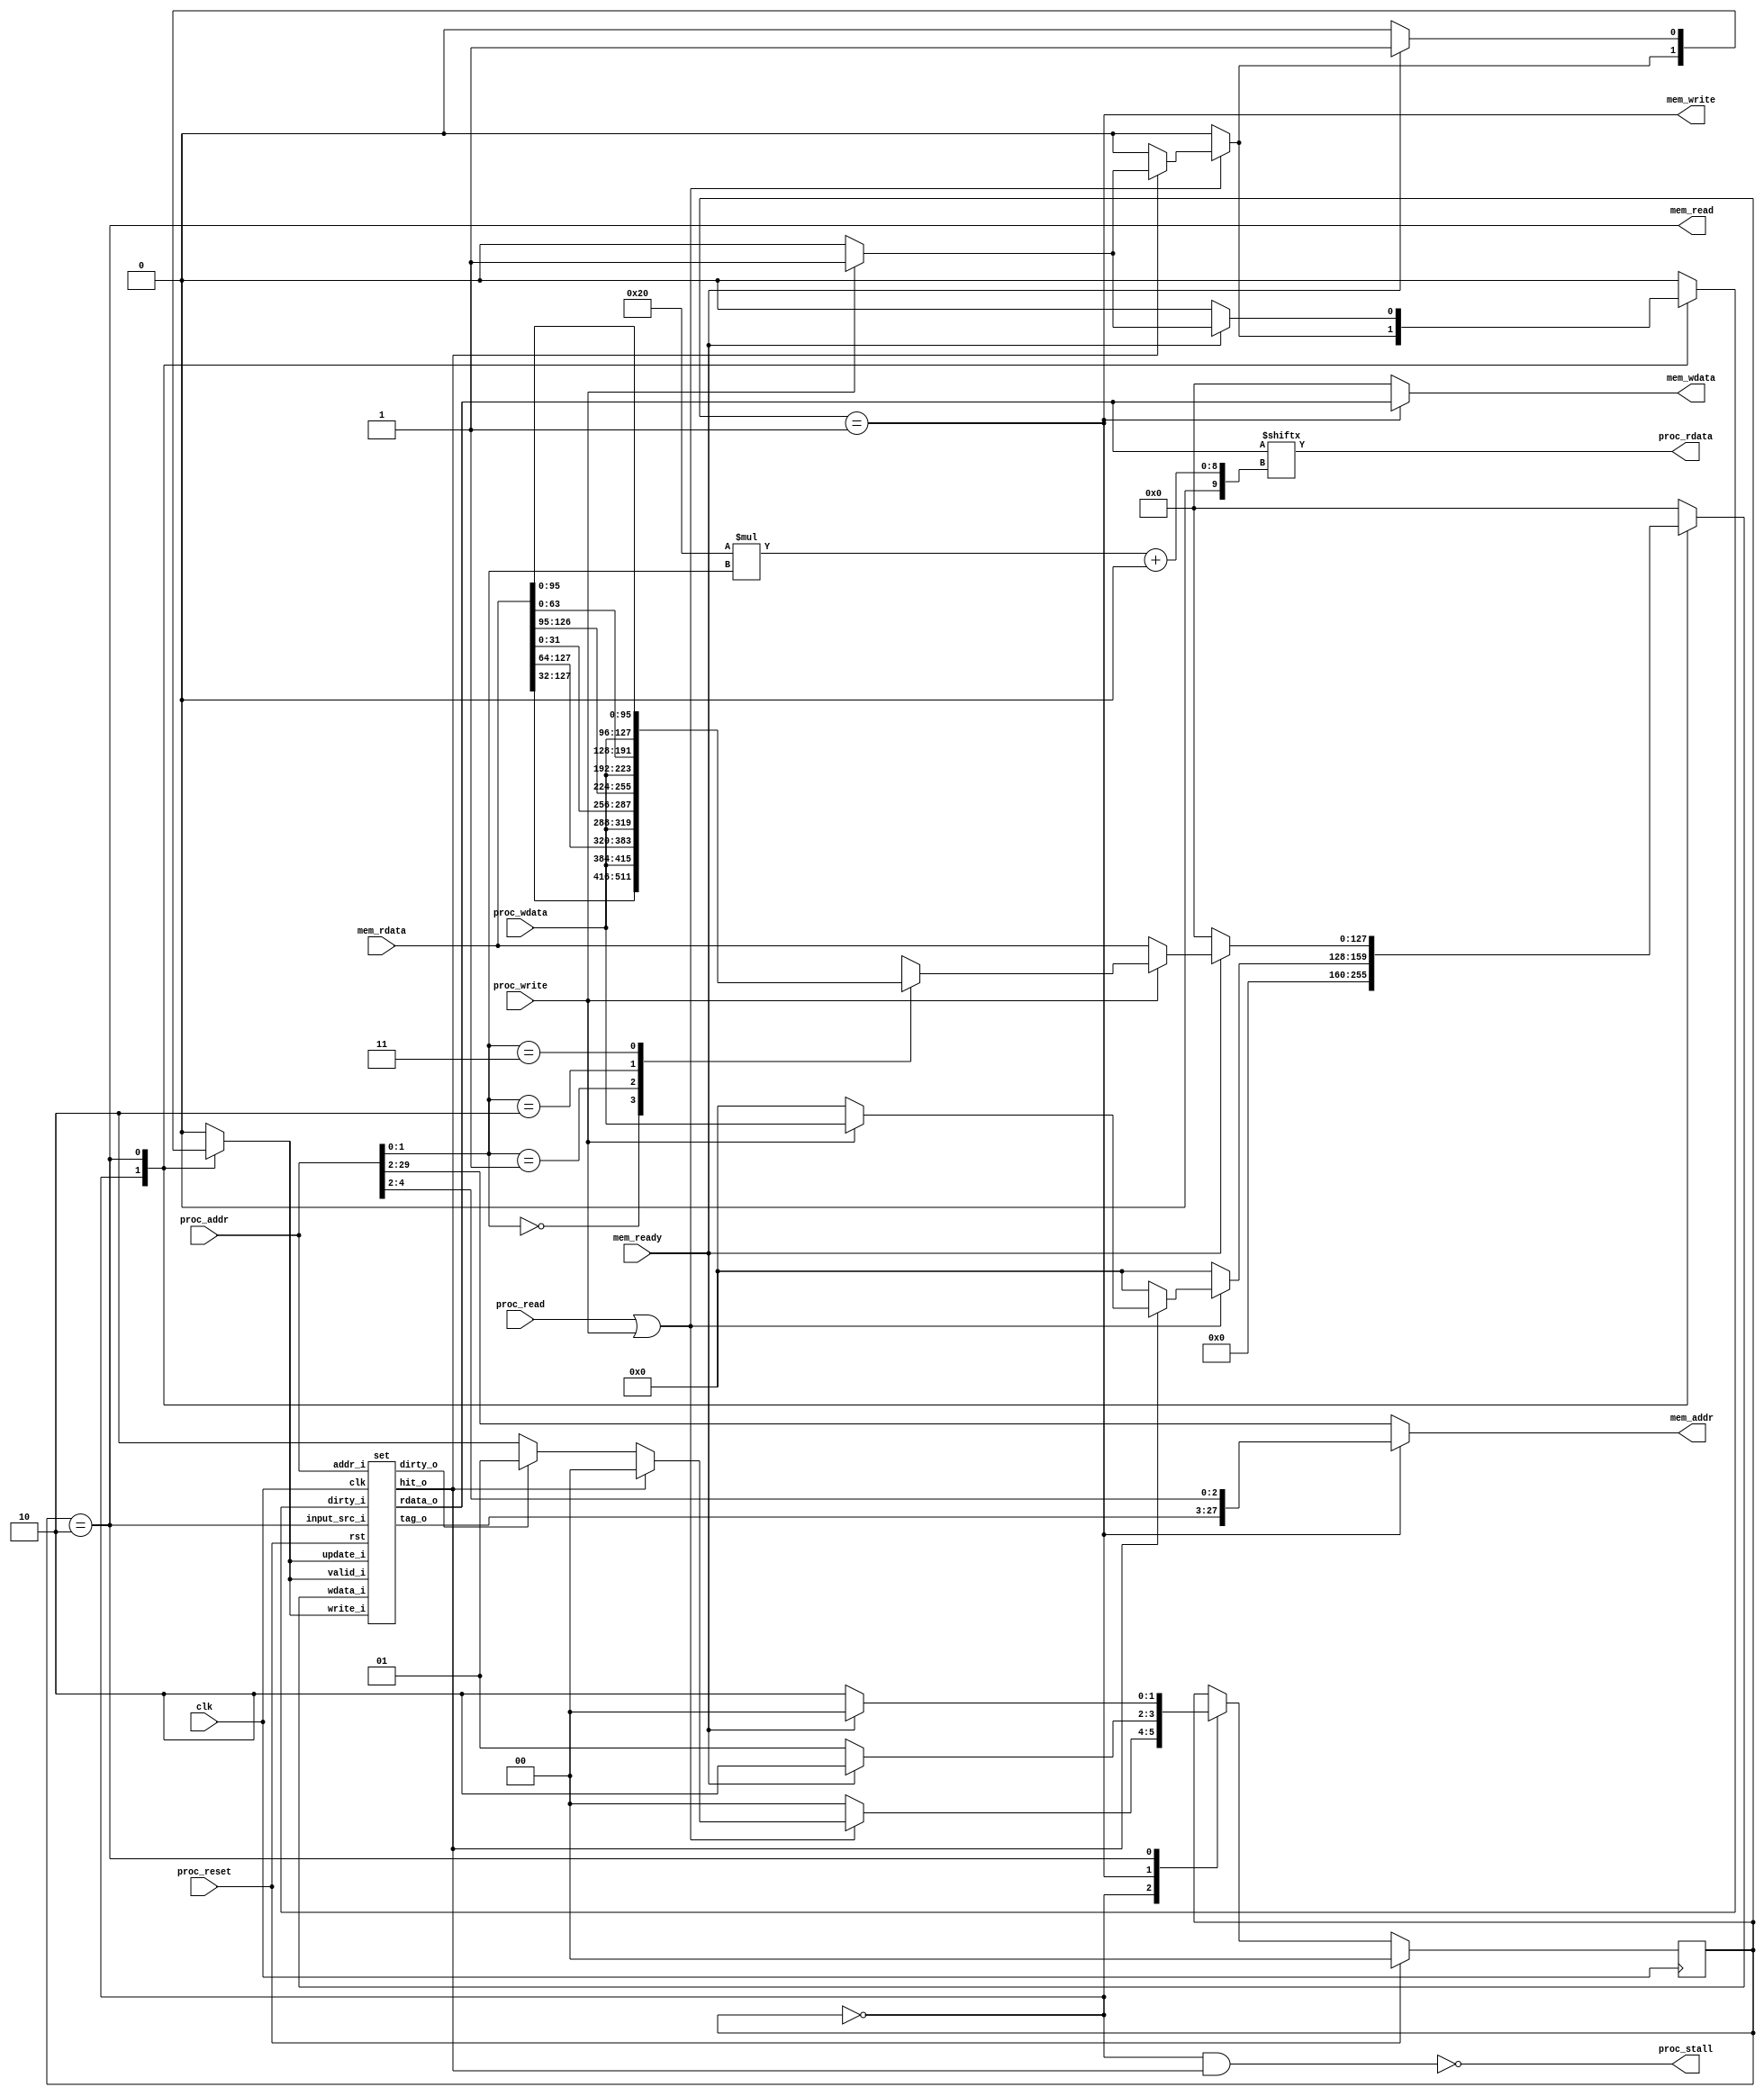
module cache(
    clk,
    proc_reset,
    proc_read,
    proc_write,
    proc_addr,
    proc_rdata,
    proc_wdata,
    proc_stall,
    mem_read,
    mem_write,
    mem_addr,
    mem_rdata,
    mem_wdata,
    mem_ready
);
    
//==== input/output definition ============================
    input          clk;
    // processor interface
    input          proc_reset;
    input          proc_read, proc_write;
    input   [29:0] proc_addr;
    input   [31:0] proc_wdata;
    output         proc_stall;
    output  [31:0] proc_rdata;
    // memory interface
    input  [127:0] mem_rdata;
    input          mem_ready;
    output         mem_read, mem_write;
    output  [27:0] mem_addr;
    output [127:0] mem_wdata;

//==== parameter definition ===============================
parameter BLOCK_WIDTH = 128;
parameter TAG_WIDTH = 25;
parameter WORD_WIDTH = 32;
parameter LINE_NUM = 8;
localparam S_IDLE = 0, S_WB = 1, S_FETCH = 2;

genvar gen_i;
integer i;
//==== wire/reg definition ================================
reg                     valid_next; // updated valid bit
reg                     dirty_next; // updated dirty bit
wire                    input_src; // input source, 0: CPU, 1: memory
reg  [BLOCK_WIDTH-1:0]  wdata;      // data written to cache line
wire  [BLOCK_WIDTH-1:0]  rdata;      

wire [2:0]              index_i;
wire [1:0]              offset_i;

reg  [1:0]              state_r, state_w;
reg                     lru_lines_r [0:LINE_NUM-1], lru_lines_w   [0:LINE_NUM-1];      
wire                    hit; // hit are ORed result from all the hit signal in each way
wire                    dirty;
wire [TAG_WIDTH-1:0]    tag;
reg                     stall;
reg                     wen; // wen for cache set
reg                     update;

set set_0(
    .clk(clk),
    .rst(proc_reset),
    .write_i(wen),
    .update_i(update),
    .valid_i(valid_next),
    .dirty_i(dirty_next),
    .input_src_i(input_src),
    .wdata_i(wdata),
    .addr_i(proc_addr),
    .dirty_o(dirty),
    .hit_o(hit),
    .tag_o(tag),
    .rdata_o(rdata)
);
//==== combinational circuit ==============================
assign index_i = proc_addr[4:2];
assign offset_i = proc_addr[1:0];
assign input_src = (state_r == S_FETCH);

/* memory control signal */
assign mem_read = (state_r == S_FETCH);
assign mem_write = (state_r == S_WB);
assign mem_addr = (state_r == S_WB) ? {tag, index_i} : proc_addr[29:2];
assign mem_wdata = (state_r == S_WB) ? rdata : 0;

assign proc_stall = !(state_r == S_IDLE && hit);
assign proc_rdata = rdata[WORD_WIDTH*offset_i +: WORD_WIDTH];
always @(*) begin:state_logic
    state_w = state_r;
    update = 0;
    valid_next = 0;
    dirty_next = 0;
    wen = 0;
    wdata = 0;
    case (state_r)
        S_IDLE: begin
            if (proc_read || proc_write) begin
                if (!hit) begin
                    if (dirty) 
                        state_w = S_WB;
                    else
                        state_w = S_FETCH;
                end else begin
                    if (proc_write) begin
                        wen = 1;
                        update = 1;
                        valid_next = 1;
                        dirty_next = 1;
                        wdata = proc_wdata;
                    end
                    state_w = S_IDLE;
                end
            end else begin
                state_w = S_IDLE;
            end
        end
        S_WB: begin
            if (mem_ready) begin
                state_w = S_FETCH;
            end else begin
                state_w = S_WB;
            end
        end
        S_FETCH: begin
            if (mem_ready) begin
                state_w = S_IDLE;
                wen = 1;
                update = 1;
                valid_next = 1;
                if (proc_write) begin // here we fetch from memory and perform write operation at the same time
                    dirty_next = 1;
                    case (offset_i)
                        2'b00: wdata = {mem_rdata[127:32], proc_wdata[31:0]};
                        2'b01: wdata = {mem_rdata[127:64], proc_wdata[31:0], mem_rdata[31:0]};
                        2'b10: wdata = {mem_rdata[127:95], proc_wdata[31:0], mem_rdata[63:0]};
                        2'b11: wdata = {proc_wdata, mem_rdata[95:0]};
                    endcase
                end else begin
                    wdata = mem_rdata;
                    dirty_next = 0;
                end
            end else begin
                state_w = S_FETCH;
            end
        end
    endcase
end





//==== sequential circuit =================================
always @(posedge clk) begin
    if (proc_reset) begin
        state_r <= S_IDLE;
        for (i = 0;i < LINE_NUM; i = i + 1) begin
            lru_lines_r[i] <= 0;
        end
    end else begin
        state_r <= state_w;
        for (i = 0;i < LINE_NUM; i = i + 1) begin
            lru_lines_r[i] <= lru_lines_w[i];
        end
    end
end



endmodule

module set #(
    parameter LINE_NUM = 8,
    parameter TAG_WIDTH = 25,
    parameter BLOCK_WIDTH = 128
)(
    input clk,
    input rst,
    input write_i,
    input update_i,
    input valid_i,
    input dirty_i,
    input input_src_i, // input_src_i = 0: CPU, 1: memory
    input [BLOCK_WIDTH-1:0] wdata_i,
    input [29:0] addr_i,
    output        dirty_o,
    output        hit_o, 
    output [TAG_WIDTH-1:0] tag_o,
    output [BLOCK_WIDTH-1:0] rdata_o
);

/* data read from cache line */
wire                      valid_lines [0:LINE_NUM-1];
wire                      dirty_lines [0:LINE_NUM-1];
wire    [TAG_WIDTH-1:0]   tag_lines   [0:LINE_NUM-1];
wire    [BLOCK_WIDTH-1:0] rdata_lines [0:LINE_NUM-1];

/* information from input addr */
wire    [24:0]            tag_i;
wire    [2:0]             index_i;
wire    [1:0]             offset_i;

/* generate signal */
wire                      valid;
wire                      dirty;
wire                      hit;
wire    [BLOCK_WIDTH-1:0] rdata;
wire    [1:0]             offset;

/* control signal for cache lines */
reg                       wen_lines    [0:LINE_NUM-1]; // write enable signal for each line
wire                      valid_next; // updated valid signal
wire                      dirty_next; // updated dirty signal
reg     [BLOCK_WIDTH-1:0] wdata;      // data written to cache line, the source could by CPU or memory

genvar gen_i;
integer i;
assign {tag_i, index_i, offset_i} = addr_i;

assign valid = valid_lines[index_i];
assign dirty = dirty_lines[index_i];
assign rdata  = rdata_lines[index_i];
assign hit  = (valid && (tag_i == tag_lines[index_i]));

/* output assignment */
assign hit_o = hit;
assign rdata_o = rdata;
assign dirty_o = dirty;
assign tag_o = tag_lines[index_i];
/* instantiate cache lines */
generate
    for (gen_i = 0; gen_i < LINE_NUM; gen_i = gen_i + 1) begin:gen_blk2
        line l(
            .clk(clk),
            .rst(rst),
            .write_i(wen_lines[gen_i]),
            .valid_i(valid_next),
            .dirty_i(dirty_next),
            .tag_i(tag_i),
            .wdata_i(wdata),
            .valid_o(valid_lines[gen_i]),
            .dirty_o(dirty_lines[gen_i]),
            .tag_o(tag_lines[gen_i]),
            .rdata_o(rdata_lines[gen_i])
        );
    end
endgenerate

/* prepare wdata for cache line */
always @(*) begin
    for (i = 0; i < LINE_NUM; i = i + 1) begin
        wen_lines[i] = (write_i || update_i)&& (index_i == i);
    end
    if (write_i) begin
        if (input_src_i) begin
            /* input is from data memory, write 128 bit at once */
            wdata = wdata_i;
        end else begin
            /* input is from CPU, we only write 32 bit data according to offset */
            case(offset_i)
                2'b00: wdata = {rdata[127:32], wdata_i[31:0]};
                2'b01: wdata = {rdata[127:64], wdata_i[31:0], rdata[31:0]};
                2'b10: wdata = {rdata[127:95], wdata_i[31:0], rdata[63:0]};
                2'b11: wdata = {wdata_i, rdata[95:0]};
            endcase
        end
    end else begin
        wdata = rdata;
    end
end

/* update attributes of cache lines */
assign valid_next = (update_i) ? valid_i : valid;
assign dirty_next = (update_i) ? dirty_i : dirty;

endmodule

module line #(
    parameter TAG_WIDTH = 25,
    parameter BLOCK_WIDTH = 128,
    parameter WORD_WIDTH = 32
)(
    input clk,
    input rst,
    input write_i,
    input valid_i,
    input dirty_i,
    input [TAG_WIDTH-1:0] tag_i,
    input [BLOCK_WIDTH-1:0] wdata_i,
    output valid_o,
    output dirty_o,
    output [24:0] tag_o,
    output [BLOCK_WIDTH-1:0] rdata_o
);

integer i;
reg         valid_r, valid_w;
reg         dirty_r, dirty_w;
reg [TAG_WIDTH-1:0] tag_r, tag_w;
reg [BLOCK_WIDTH-1:0]  data_r, data_w;

/* output logic */
assign valid_o = valid_r;
assign dirty_o = dirty_r;
assign tag_o = tag_r;
assign rdata_o = data_r;

always @(*) begin:update_logic
    if (write_i) begin
        valid_w = valid_i;
        dirty_w = dirty_i;
        tag_w = tag_i;
        data_w = wdata_i;
    end else begin
        valid_w = valid_r;
        dirty_w = dirty_r;
        tag_w = tag_r;
        data_w = data_r;
    end
end

always @(posedge clk) begin
    if (rst) begin
        valid_r <= 0;
        dirty_r <= 0;
        tag_r <= 0;
        data_r <= 0;
    end else begin
        valid_r <= valid_w;
        dirty_r <= dirty_w;
        tag_r <= tag_w;
        data_r <= data_w;
    end
end
endmodule